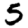
Digit: 5